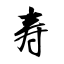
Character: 寿